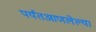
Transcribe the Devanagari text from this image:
पर्यंतआणलेल्या